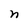
Character: n